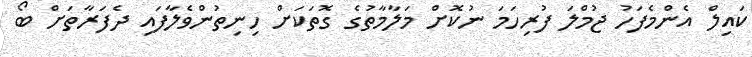
ކައިލް އެންމެފަހު ޖުމްލަ ފުރިހަމަ ނުކޮށް މަލާމާތުގެ ގޮތަކަށް ހިނިތުންވެލާފައި ދެފަރާތަށް ބޯ